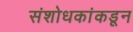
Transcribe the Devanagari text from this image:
संशोधकांकडून